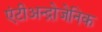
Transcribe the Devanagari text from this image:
एंटीअन्द्रोजेनिक